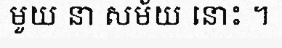
មួយ នា សម័យ នោះ ។